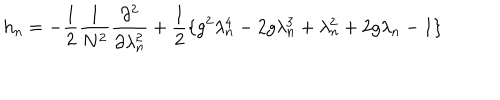
LaTeX: h _ { n } = - \frac { 1 } { 2 } \frac { 1 } { N ^ { 2 } } \frac { \partial ^ { 2 } } { \partial \lambda _ { n } ^ { 2 } } + \frac { 1 } { 2 } \{ g ^ { 2 } \lambda _ { n } ^ { 4 } - 2 g \lambda _ { n } ^ { 3 } + \lambda _ { n } ^ { 2 } + 2 g \lambda _ { n } - 1 \}